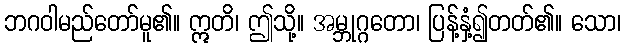
ဘဂဝါမည်တော်မူ၏။ ဣတိ၊ ဤသို့။ အမ္ဘုဂ္ဂတော၊ ပြန့်နှံ့၍တတ်၏။ သော၊